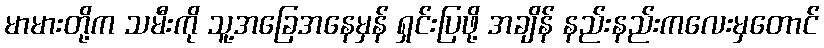
မာမားတို့က သမီးကို သူ့အခြေအနေမှန် ရှင်းပြဖို့ အချိန် နည်းနည်းကလေးမှတောင်